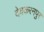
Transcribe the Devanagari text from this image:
देवकरनपुर